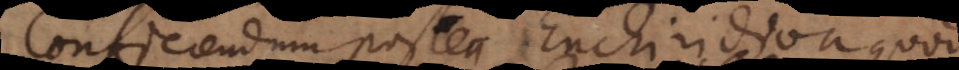
conficiendum postea Enchiridion quod